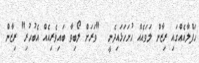
ހަފްލާއެއްގައި ރިޒާން ލަަވައެއް ހުށަހަޅައިދެނީ  "ވަރަށް ލޯބިވާ ބައިވެރިއެއް އެބުހުރި" ރިޒާން